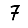
Digit: 7